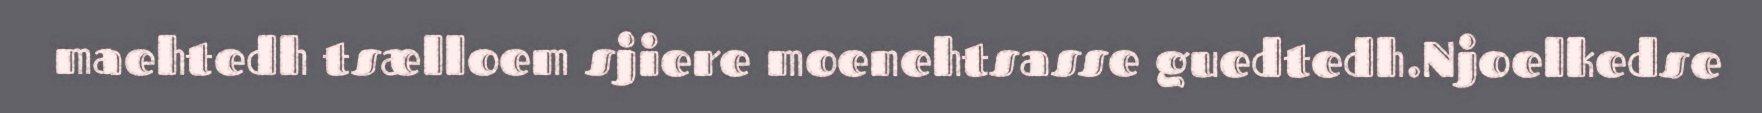
maehtedh tsælloem sjiere moenehtsasse guedtedh.Njoelkedse